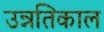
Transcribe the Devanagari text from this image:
उन्नतिकाल